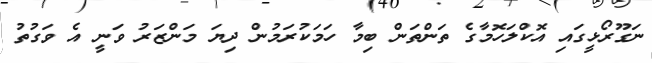
ނަގޫރޯޅީގައި އޮކްލަހޮމާގެ ތަންތަން ބިމާ ހަމަކުރަމުން ދިޔަ މަންޒަރު ވަނީ އެ ވަގުތު